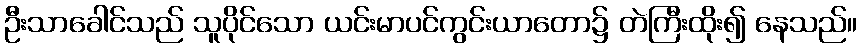
ဦးသာခေါင်သည် သူပိုင်သော ယင်းမာပင်ကွင်းယာတော၌ တဲကြီးထိုး၍ နေသည်။